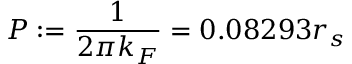
P : = \frac { 1 } { 2 \pi k _ { F } } = 0 . 0 8 2 9 3 r _ { s }